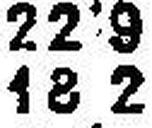
18 2